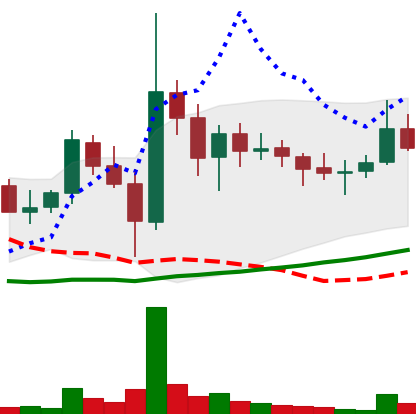
Ticker: DOGE-USD
Chart end date: 2021-11-09
Forward return: -3.88%
Label: down_3_5